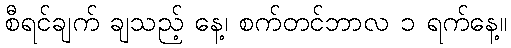
စီရင်ချက် ချသည့် နေ့၊ စက်တင်ဘာလ ၁ ရက်နေ့။